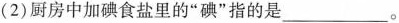
(2)厨房中加碘食盐里的”碘”指的是___。